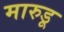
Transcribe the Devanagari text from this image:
मारुडू